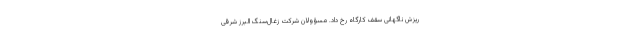
ریزش ناگهانی سقف کارگاه رخ داد. مسؤولان شرکت زغال‌سنگ البرز شرقی